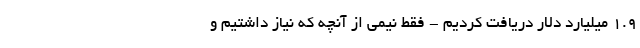
۱.۹ میلیارد دلار دریافت کردیم - فقط نیمی از آنچه که نیاز داشتیم و